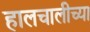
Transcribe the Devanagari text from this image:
हालचालीच्या